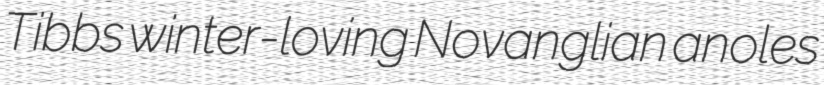
Tibbs winter-loving Novanglian anoles